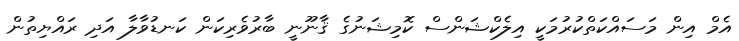
އެމް އިން މަސައްކަތްކުރުމަކީ އިލެކްޝަންސް ކޮމިޝަނުގެ ޤާނޫނީ ބާރުވެރިކަން ކަނޑުވާލާ އަދި ރައްޔިތުން